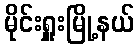
မိုင်းရှူးမြို့နယ်